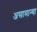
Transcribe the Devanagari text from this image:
असामान्या